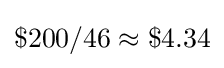
\$200/46\approx \$4.34